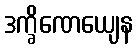
ဒက္ခိဏေယျေန